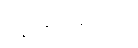
ပဋိဗာဟိတေ